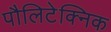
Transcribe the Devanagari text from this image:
पौलिटेक्निक